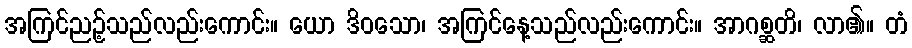
အကြင်ညဉ့်သည်လည်းကောင်း။ ယော ဒိဝသော၊ အကြင်နေ့သည်လည်းကောင်း။ အာဂစ္ဆတိ၊ လာ၏။ တံ